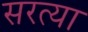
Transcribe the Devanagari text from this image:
सरत्या